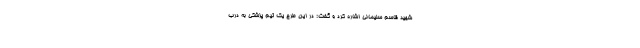
شهید قاسم سلیمانی اشاره کرد و گفت: در این طرح یک تیم پزشکی به درب